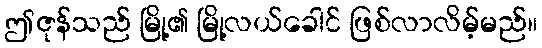
ဤဇုန်သည် မြို့၏ မြို့လယ်ခေါင် ဖြစ်လာလိမ့်မည်။